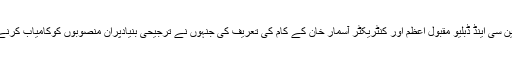
انہوں نے سڑکوں کی تعمیر میں بھر پور تعاون کرنے پر ایکسین سی اینڈ ڈبلیو مقبول اعظم اور کنٹریکٹر آسمار خان کے کام کی تعریف کی جنہوں نے ترجیحی بنیادپران منصوبوں کوکامیاب کرنے میں اہم کرداراداکیاہے جس پرعوام اُن کوسلام پیش کرتے ہیں۔